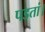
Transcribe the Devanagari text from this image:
पडतां।